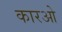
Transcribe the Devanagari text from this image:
कारओ